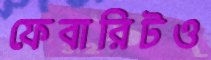
ফেবারিটও